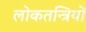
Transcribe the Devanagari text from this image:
लोकतन्त्रियों